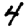
Digit: 4